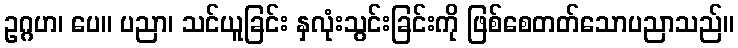
ဥဂ္ဂဟ၊ ပေ။ ပညာ၊ သင်ယူခြင်း နှလုံးသွင်းခြင်းကို ဖြစ်စေတတ်သောပညာသည်။